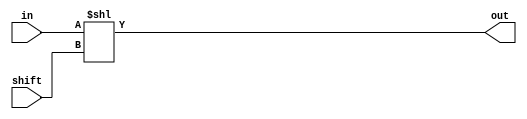
module ShifterLeft #(
    parameter WIDTH = 32
) (
    input [WIDTH - 1 : 0] in,
    input [4:0] shift,  // max shift bits: 32
    output [WIDTH - 1 : 0] out
);
    assign out = in << shift;
endmodule